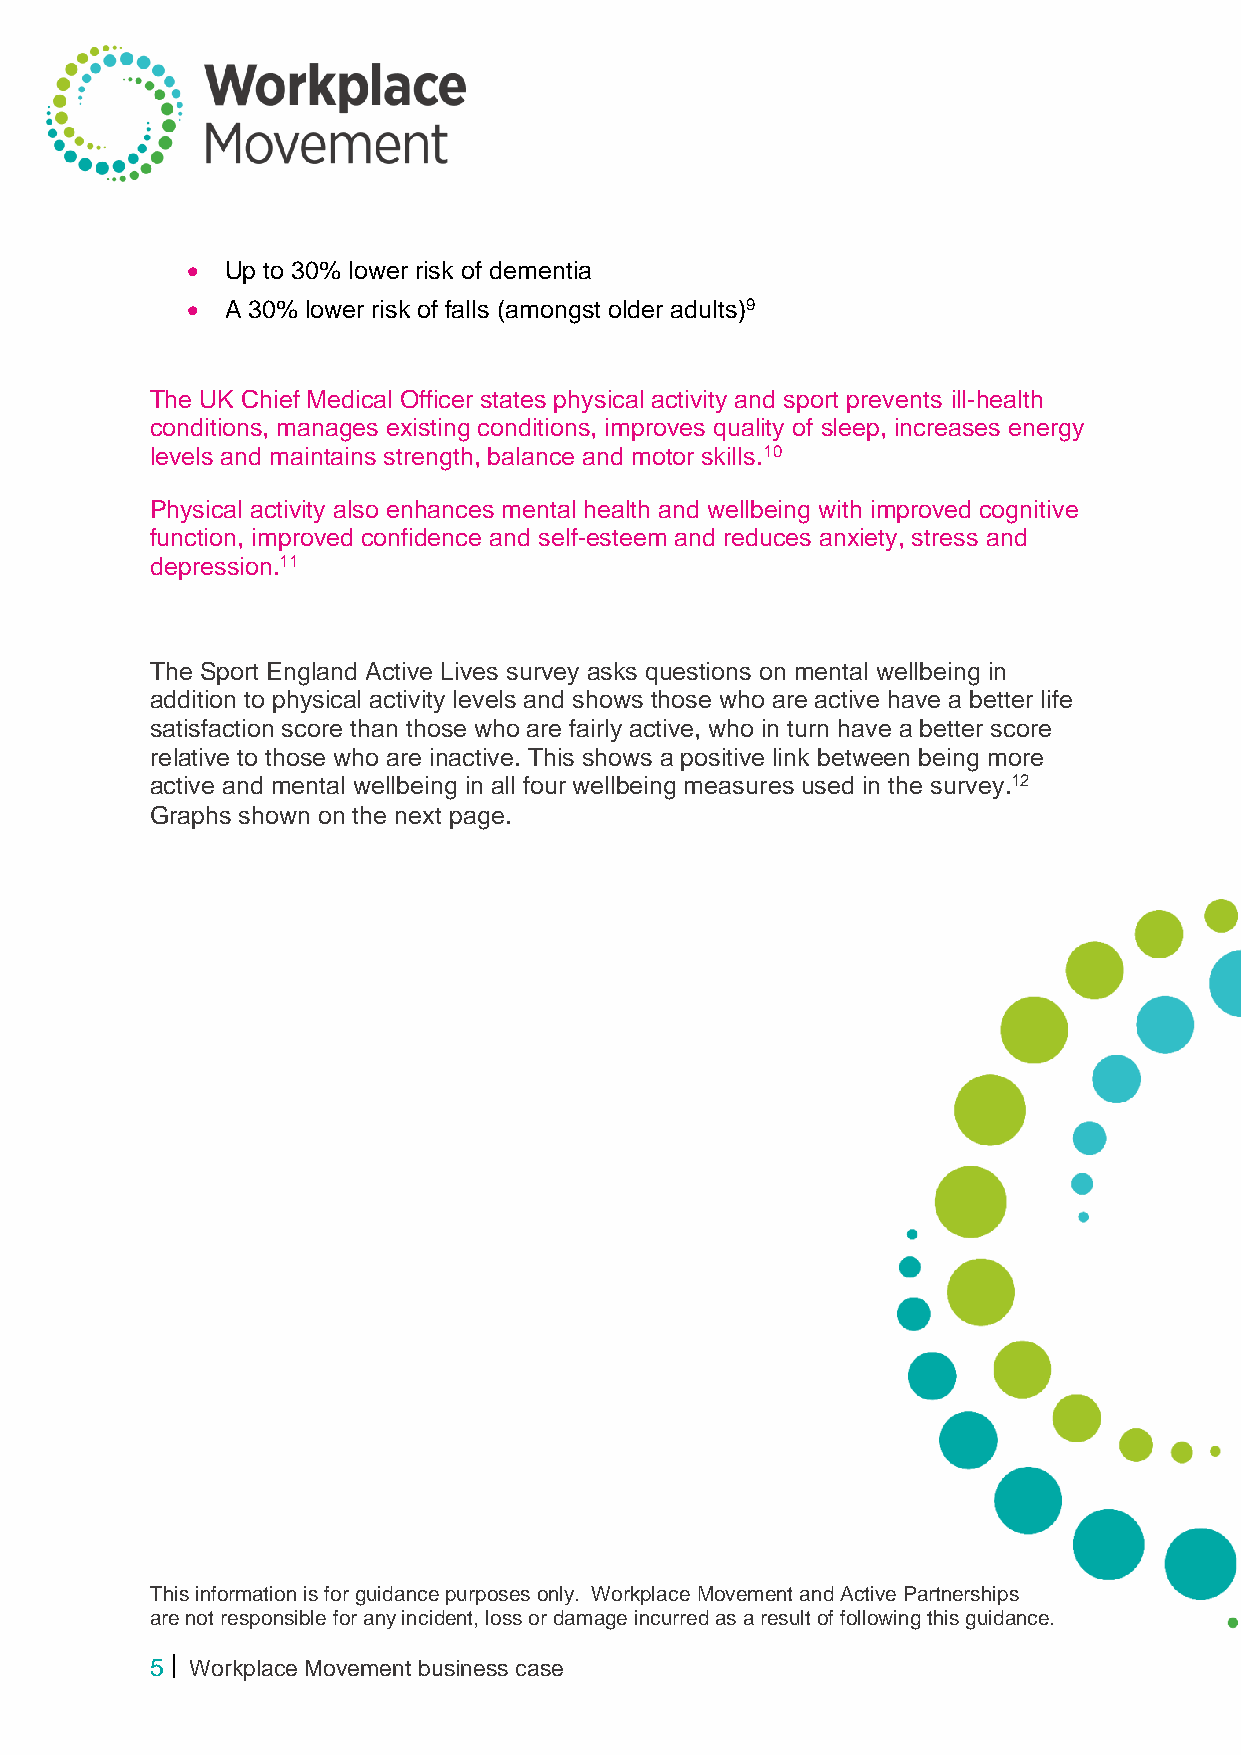
•  Up to 30% lower risk of dementia
 •  A 30% lower risk of falls (amongst older adults)9
 The UK Chief Medical Officer states physical activity and sport prevents ill-health
 conditions, manages existing conditions, improves quality of sleep, increases energy
 levels and maintains strength, balance and motor skills.10
 Physical activity also enhances mental health and wellbeing with improved cognitive
 function, improved confidence and self-esteem and reduces anxiety, stress and
 depression.11
 The Sport England Active Lives survey asks questions on mental wellbeing in
 addition to physical activity levels and shows those who are active have a better life
 satisfaction score than those who are fairly active, who in turn have a better score
 relative to those who are inactive. This shows a positive link between being more
 active and mental wellbeing in all four wellbeing measures used in the survey.12
 Graphs shown on the next page.
 This information is for guidance purposes only. Workplace Movement and Active Partnerships
 are not responsible for any incident, loss or damage incurred as a result of following this guidance.
 5  Workplace Movement business case